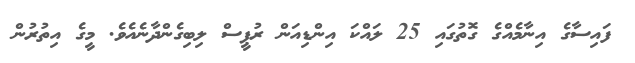
ފައިސާގެ އިނާމެއްގެ ގޮތުގައި 25 ލައްކަ އިންޑިއަން ރުޕީސް ލިބިގެންދާނެއެވެ. މީގެ އިތުރުން